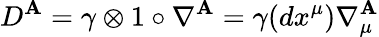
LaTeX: D^{\mathbf{A}}=\gamma\otimes1\circ\nabla^{\mathbf{A}}=\gamma(dx^{\mu})\nabla_{\mu}^{\mathbf{A}}